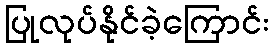
ပြုလုပ်နိုင်ခဲ့ကြောင်း